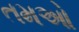
તમઓ